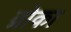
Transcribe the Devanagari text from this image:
व्रोका